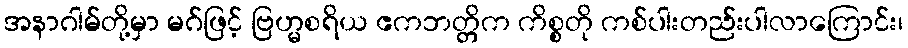
အနာဂါမ်တို့မှာ မဂ်ဖြင့် ဗြဟ္မစရိယ ဧကဘတ္တိက ကိစ္စတို ကစ်ပါးတည်းပါလာကြောင်း၊